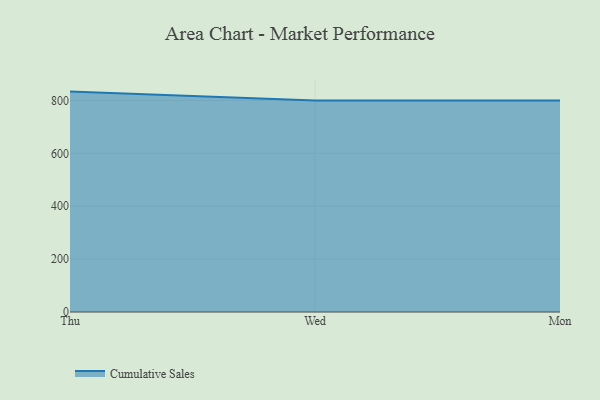
{"axis": {"x": "Day", "y": "Demand Index"}, "legend": ["Cumulative Sales"], "data": [{"x": "Thu", "y": 833.5, "type": "Cumulative Sales"}, {"x": "Wed", "y": 800, "type": "Cumulative Sales"}, {"x": "Mon", "y": 800, "type": "Cumulative Sales"}]}